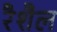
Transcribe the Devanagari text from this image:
रैशैल